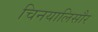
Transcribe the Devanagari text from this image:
चिनयालिसौर